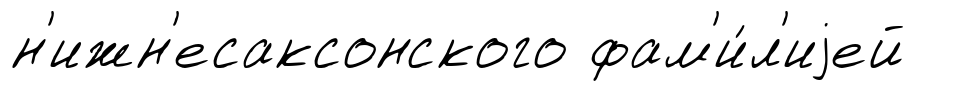
н'ижн'есаксонского фам'и́л'иjей